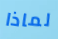
لماذا